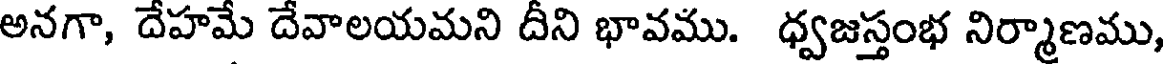
అనగా, దేహమే దేవాలయమని దీని భావము. ధ్వజస్తంభ నిర్మాణము,